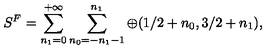
S ^ { F } = \sum _ { n _ { 1 } = 0 } ^ { + \infty } \sum _ { n _ { 0 } = - n _ { 1 } - 1 } ^ { n _ { 1 } } \oplus ( 1 / 2 + n _ { 0 } , 3 / 2 + n _ { 1 } ) ,